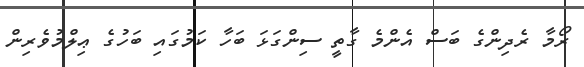
ރޯމާ ރެދިންގެ ބަސް އެންމެ ގާތީ ސިންގަޅަ ބަހާ ކަމުގައި ބަހުގެ ޢިލްމުވެރިން